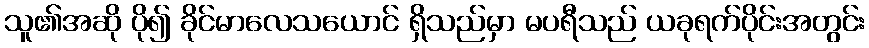
သူ၏အဆို ပို၍ ခိုင်မာလေသယောင် ရှိသည်မှာ မပရီသည် ယခုရက်ပိုင်းအတွင်း